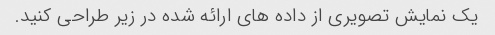
یک نمایش تصویری از داده های ارائه شده در زیر طراحی کنید.